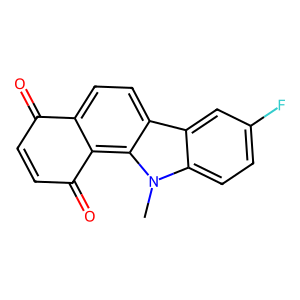
SMILES: Cn1c2ccc(F)cc2c2ccc3c(c21)C(=O)C=CC3=O
Inhibits HIV replication: No